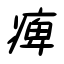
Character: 痺